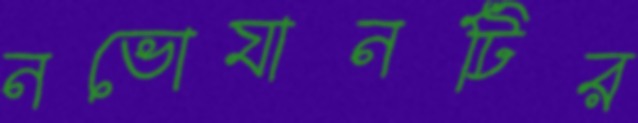
নভোযানটির